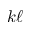
k \ell